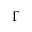
\Gamma